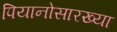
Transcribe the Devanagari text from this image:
पियानोसारख्या